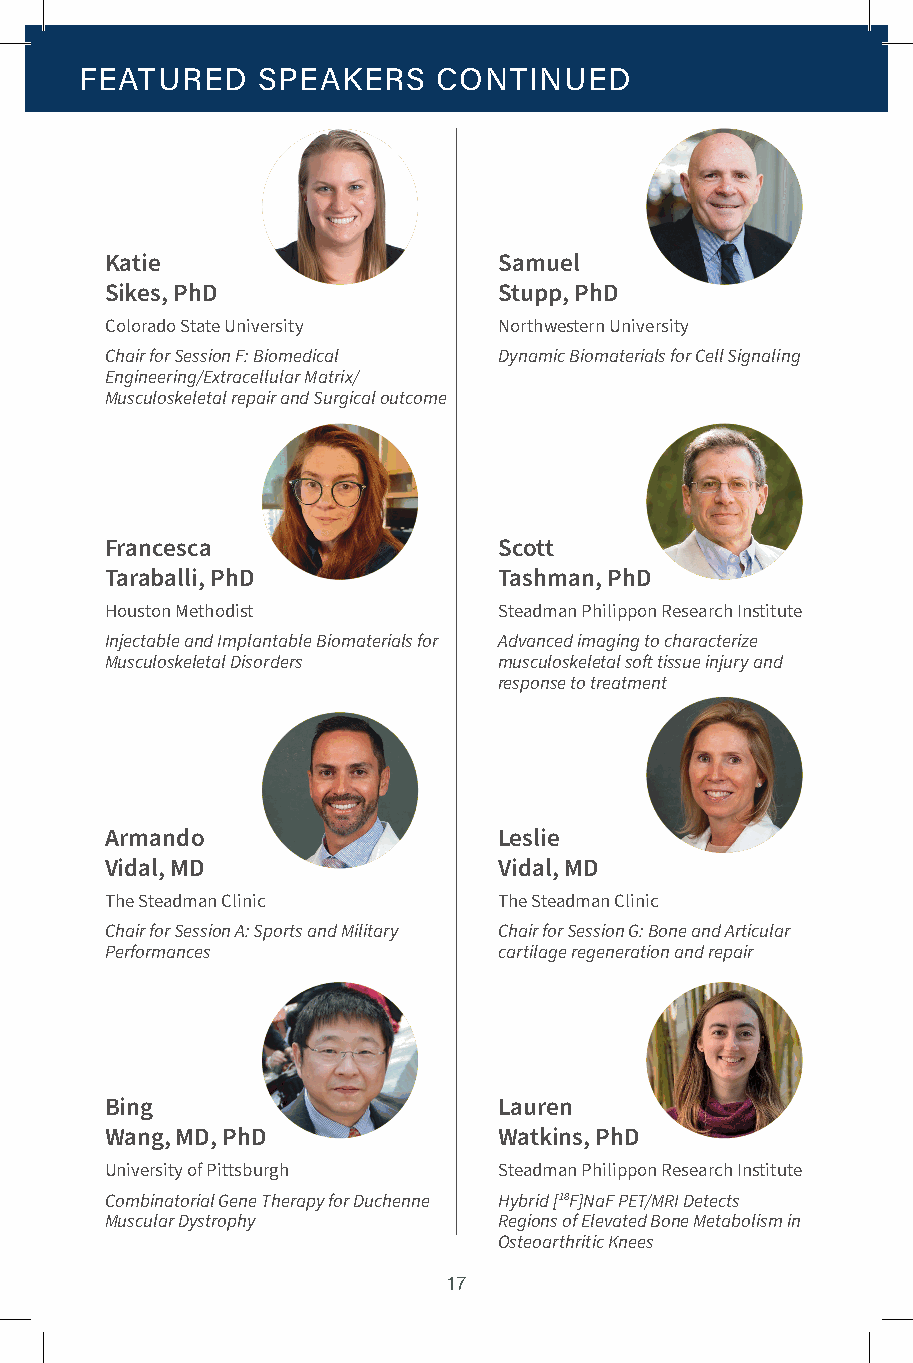
FEATURED    SPEAKERS    CONTINUED
 Katie                     Samuel
 Sikes, PhD                Stupp, PhD
 Colorado State University Northwestern University
 Chair for Session F: Biomedical Dynamic Biomaterials for Cell Signaling
 Engineering/Extracellular Matrix/
 Musculoskeletal repair and Surgical outcome
 Francesca                 Scott
 Taraballi, PhD            Tashman, PhD
 Houston Methodist         Steadman Philippon Research Institute
 Injectable and Implantable Biomaterials for Advanced imaging to characterize
 Musculoskeletal Disorders musculoskeletal soft tissue injury and
 response to treatment
 Armando                   Leslie
 Vidal, MD                 Vidal, MD
 The Steadman Clinic       The Steadman Clinic
 Chair for Session A: Sports and Military Chair for Session G: Bone and Articular
 Performances              cartilage regeneration and repair
 Bing                      Lauren
 Wang, MD, PhD             Watkins, PhD
 University of Pittsburgh  Steadman Philippon Research Institute
 Combinatorial Gene Therapy for Duchenne Hybrid [18F]NaF PET/MRI Detects
 Muscular Dystrophy        Regions of Elevated Bone Metabolism in
 Osteoarthritic Knees
 17